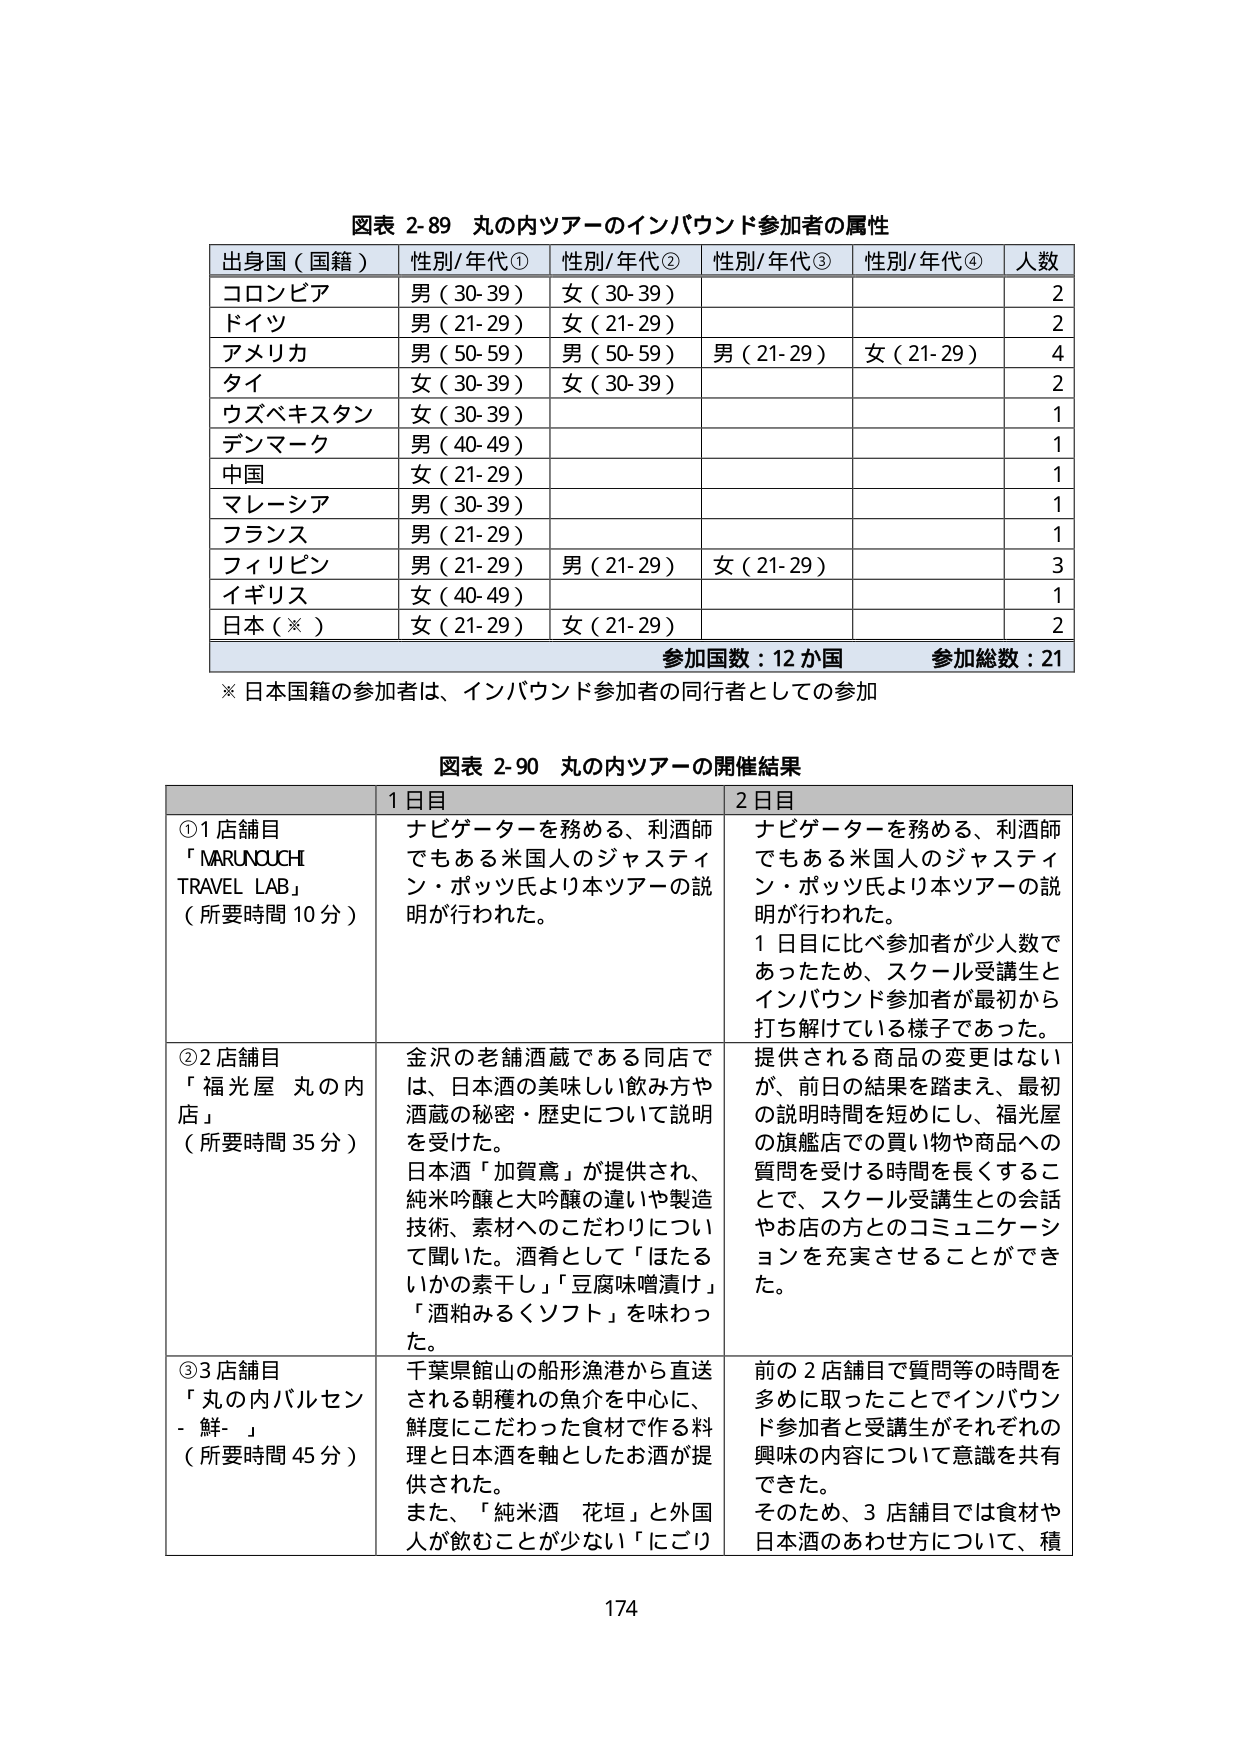
図表 2-89 丸の内ツアーのインバウンド参加者の属性
出身国（国籍） 性別/年代① 性別/年代② 性別/年代③ 性別/年代④ 人数
コロンビア 男（30-39） 女（30-39） 2
ドイツ 男（21-29） 女（21-29） 2
アメリカ 男（50-59） 男（50-59） 男（21-29） 女（21-29） 4
タイ 女（30-39） 女（30-39） 2
ウズベキスタン 女（30-39） 1
デンマーク 男（40-49） 1
中国 女（21-29） 1
マレーシア 男（30-39） 1
フランス 男（21-29） 1
フィリピン 男（21-29） 男（21-29） 女（21-29） 3
イギリス 女（40-49） 1
日本（※） 女（21-29） 女（21-29） 2
参加国数：12か国 参加総数：21
※ 日本国籍の参加者は、インバウンド参加者の同行者としての参加

図表 2-90 丸の内ツアーの開催結果
1日目 2日目
①1店舗目
「MARUNOUCHI TRAVEL LAB」
（所要時間 10分）
ナビゲーターを務める、利酒師でもある米国人のジャスティン・ボッツ氏より本ツアーの説明が行われた。
ナビゲーターを務める、利酒師でもある米国人のジャスティン・ボッツ氏より本ツアーの説明が行われた。
1日目に比べ参加者が少人数であったため、スクール受講生とインバウンド参加者が最初から打ち解けている様子であった。
②2店舗目
「福光屋 丸の内店」
（所要時間 35分）
金沢の老舗酒蔵である同店では、日本酒の美味しい飲み方や酒蔵の秘密・歴史について説明を受けた。
日本酒「加賀鳶」が提供され、純米吟醸と大吟醸の違いや製造技術、素材へのこだわりについて聞いた。酒肴として「ほたるいかの素干し」「豆腐味噌漬け」「酒粕みるくソフト」を味わった。
提供される商品の変更はないが、前日の結果を踏まえ、最初の説明時間を短めにし、福光屋の旗艦店での買い物や商品への質問を受ける時間を長くすることで、スクール受講生との会話やお店の方とのコミュニケーションを充実させることができた。
③3店舗目
「丸の内バルセン - 鮮-」
（所要時間 45分）
千葉県館山の船形漁港から直送される朝獲れの魚介を中心に、鮮度にこだわった食材で作る料理と日本酒を軸としたお酒が提供された。
また、「純米酒 花垣」と外国人が飲むことが少ない「にごり」
前の2店舗目で質問等の時間を多めに取ったことでインバウンド参加者と受講生がそれぞれの興味の内容について意識を共有できた。
そのため、3店舗目では食材や日本酒のあわせ方について、積

174